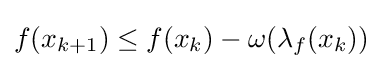
f(x_{k+1})\leq f(x_{k})-\omega (\lambda _{f}(x_{k}))